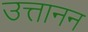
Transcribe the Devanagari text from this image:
उत्तानन